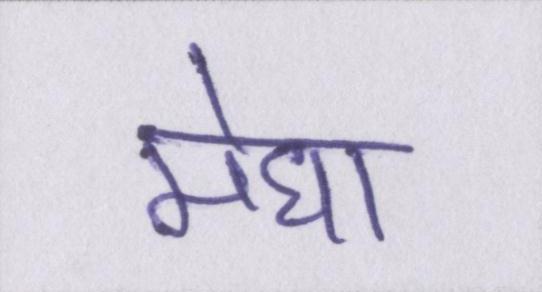
मेघा